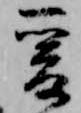
爰